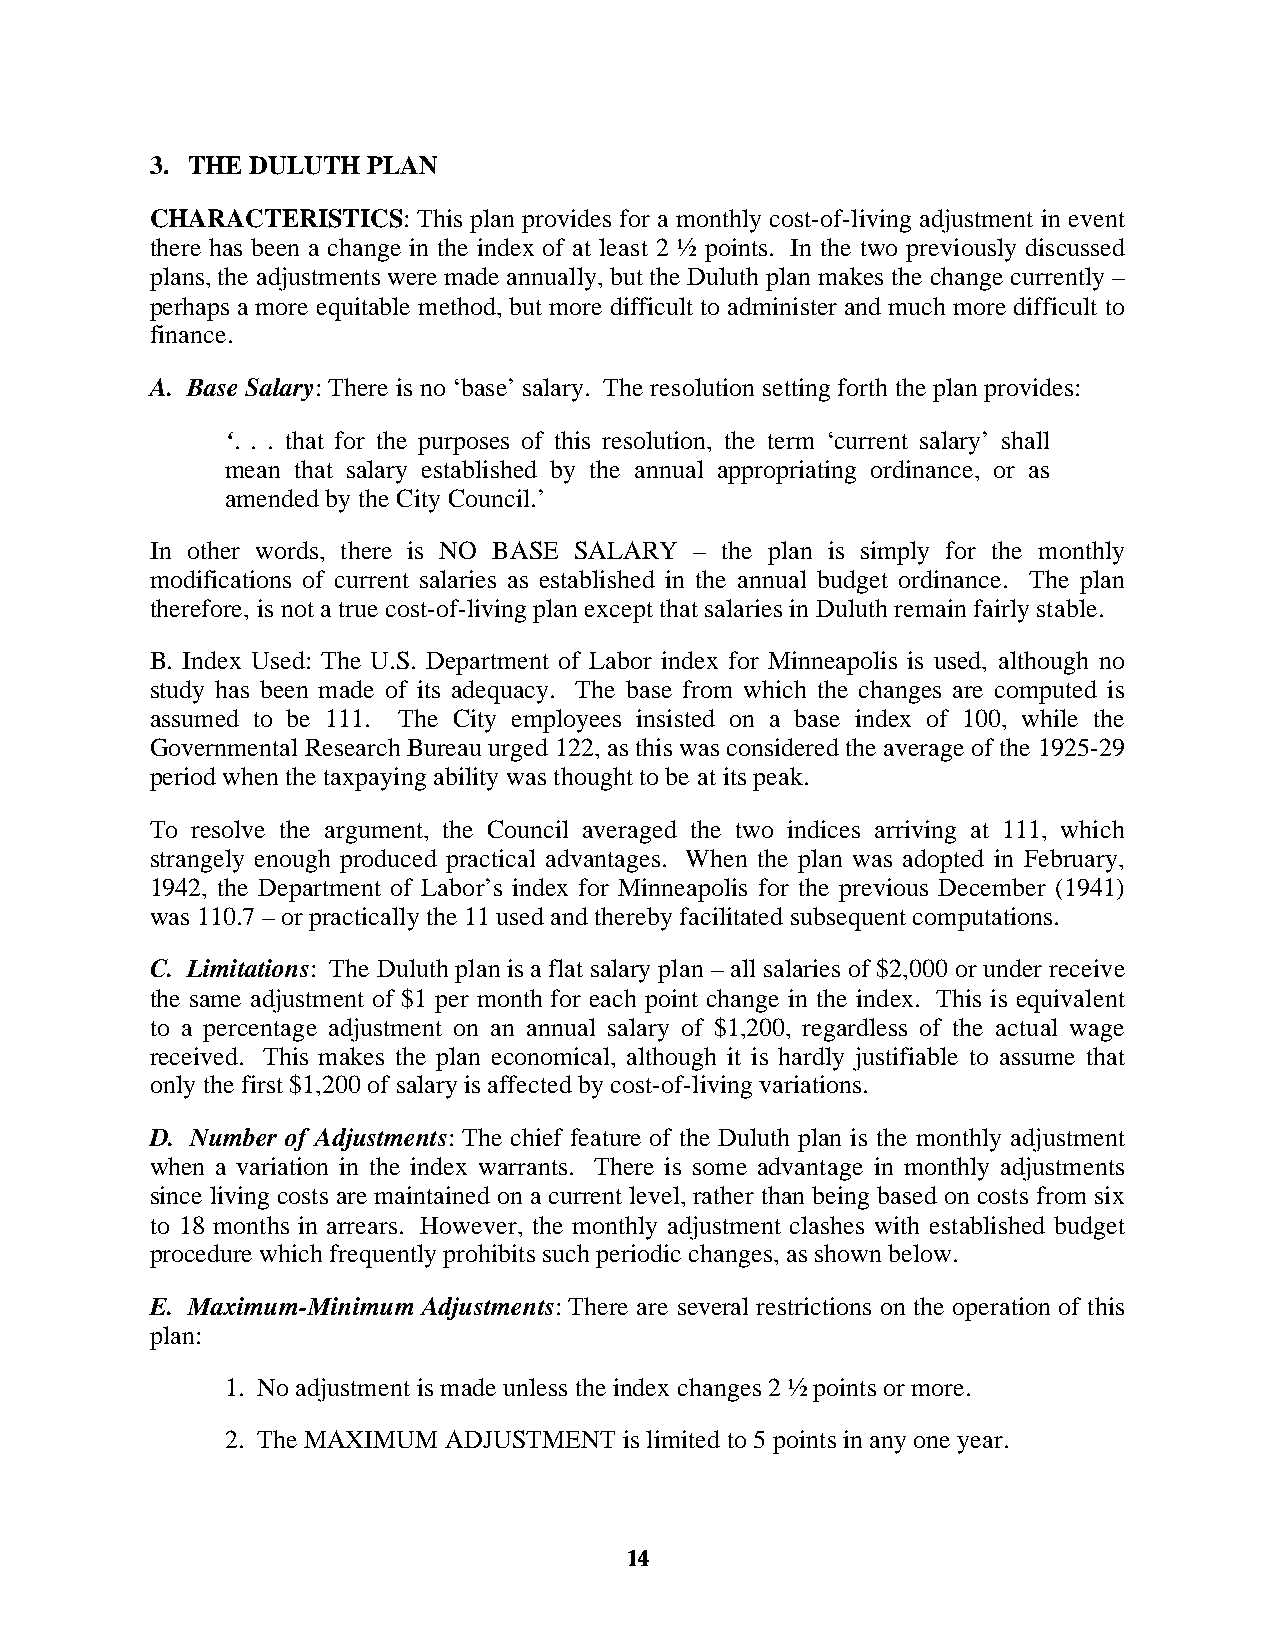
3. THE DULUTH PLAN
 CHARACTERISTICS:  This plan provides for a monthly cost-of-living adjustment in event
 there has been a change in the index of at least 2 ½ points. In the two previously discussed
 plans, the adjustments were made annually, but the Duluth plan makes the change currently –
 perhaps a more equitable method, but more difficult to administer and much more difficult to
 finance.
 A. Base Salary: There is no ‘base’ salary. The resolution setting forth the plan provides:
 ‘. . . that for the purposes of this resolution, the term ‘current salary’ shall
 mean that salary established by the annual appropriating ordinance, or as
 amended by the City Council.’
 In other words, there is NO BASE SALARY – the plan is simply for the monthly
 modifications of current salaries as established in the annual budget ordinance. The plan
 therefore, is not a true cost-of-living plan except that salaries in Duluth remain fairly stable.
 B. Index Used: The U.S. Department of Labor index for Minneapolis is used, although no
 study has been made of its adequacy. The base from which the changes are computed is
 assumed to be 111. The City employees insisted on a base index of 100, while the
 Governmental Research Bureau urged 122, as this was considered the average of the 1925-29
 period when the taxpaying ability was thought to be at its peak.
 To resolve the argument, the Council averaged the two indices arriving at 111, which
 strangely enough produced practical advantages. When the plan was adopted in February,
 1942, the Department of Labor’s index for Minneapolis for the previous December (1941)
 was 110.7 – or practically the 11 used and thereby facilitated subsequent computations.
 C. Limitations: The Duluth plan is a flat salary plan – all salaries of $2,000 or under receive
 the same adjustment of $1 per month for each point change in the index. This is equivalent
 to a percentage adjustment on an annual salary of $1,200, regardless of the actual wage
 received. This makes the plan economical, although it is hardly justifiable to assume that
 only the first $1,200 of salary is affected by cost-of-living variations.
 D. Number of Adjustments: The chief feature of the Duluth plan is the monthly adjustment
 when a variation in the index warrants. There is some advantage in monthly adjustments
 since living costs are maintained on a current level, rather than being based on costs from six
 to 18 months in arrears. However, the monthly adjustment clashes with established budget
 procedure which frequently prohibits such periodic changes, as shown below.
 E. Maximum-Minimum Adjustments: There are several restrictions on the operation of this
 plan:
 1. No adjustment is made unless the index changes 2 ½ points or more.
 2. The MAXIMUM ADJUSTMENT is limited to 5 points in any one year.
 14